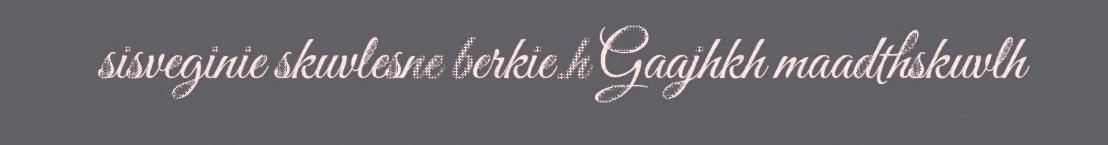
sisveginie skuvlesne berkie.h Gaajhkh maadthskuvlh